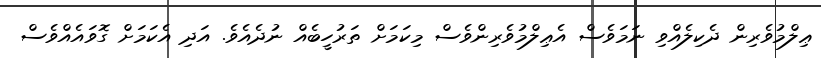
ޢިލްމުވެރިން ދެކިލެއްވި ނަމަވެސް އެޢިލްމުވެރިންވެސް މިކަމަށް ތަރުހީބެއް ނުދެއެވެ. އަދި އެކަމަށް ގޮވައެއްވެސް